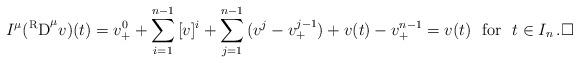
LaTeX: \begin{align*}I^{\mu}({\rm ^R D}^\mu v)(t)&=v^0_++\sum_{i=1}^{n-1}\,[v]^i+\sum_{j=1}^{n-1}\,(v^j-v^{j-1}_+)+v(t)-v^{n-1}_+=v(t)~~{\rm for}~~t \in I_n\,.\Box\end{align*}